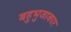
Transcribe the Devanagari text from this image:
बहुभुजाकार